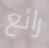
رائع